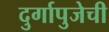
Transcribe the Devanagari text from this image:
दुर्गापुजेची